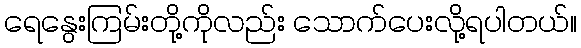
ရေနွေးကြမ်းတို့ကိုလည်း သောက်ပေးလို့ရပါတယ်။